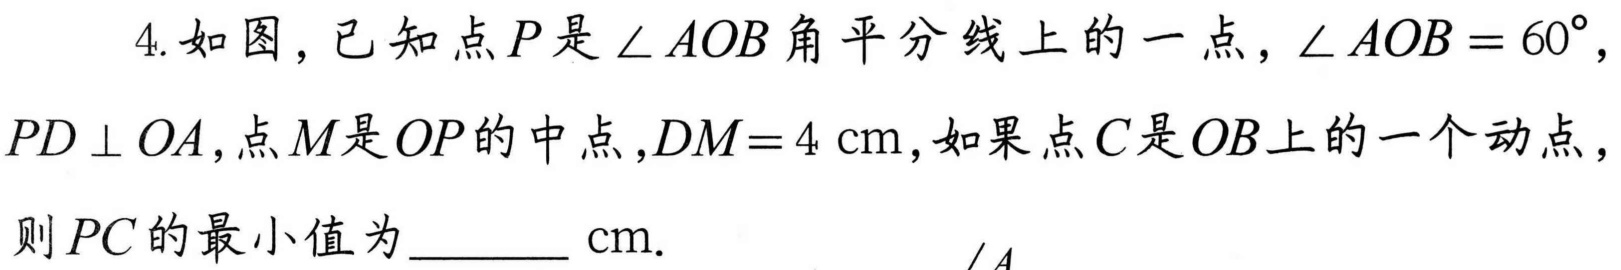
4.如图，已知点\(P\)是\(\angle AOB\)角平分线上的一点，\(\angle AOB = 60^{\circ}\)，
\(PD\perp OA\)，点\(M\)是\(OP\)的中点，\(DM = 4\mathrm{cm}\)，如果点\(C\)是\(OB\)上的一个动点，
则\(PC\)的最小值为_______\(\mathrm{cm}\).